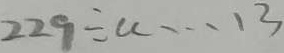
2 2 9 \div a \cdots 1 3